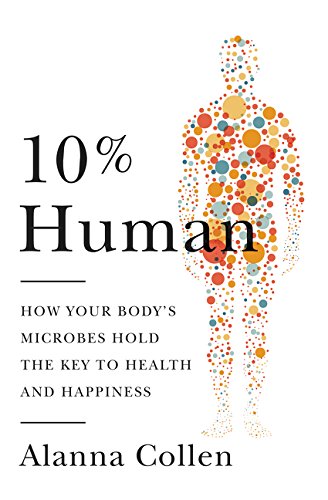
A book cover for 10% Human: How Your Body's Microbes Hold the Key to Health and Happiness; Alanna Collen; Medical Books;